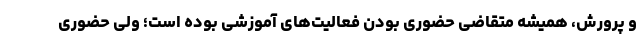
و پرورش، همیشه متقاضی حضوری بودن فعالیت‌های آموزشی بوده است؛ ولی حضوری